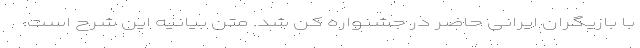
با بازیگران ایرانی حاضر در جشنواره کن شد. متن بیانیه این شرح است: